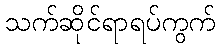
သက်ဆိုင်ရာရပ်ကွက်